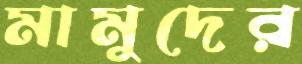
মামুদের